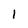
Character: l